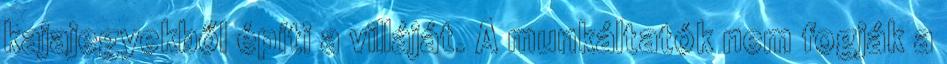
kajajegyekből építi a villáját. A munkáltatók nem fogják a